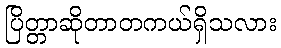
ပြိတ္တာဆိုတာတကယ်ရှိသလား